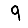
Digit: 9